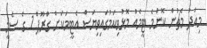
މިއަދު މެޗުން ކޮންމެ ޓީމެއް މޮޅުވިކަމުގައިވިޔަސް އެޓީމަކަށް ގްރޫޕް 1 ގެ ސެމީ